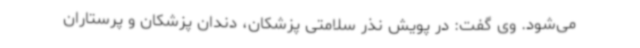
می‌شود. وی گفت: در پویش نذر سلامتی پزشکان، دندان پزشکان و پرستاران